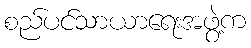
စည်ပင်သာယာရေးအဖွဲ့က